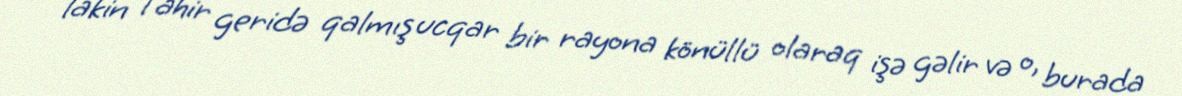
lakin Tahir geridə qalmış ucqar bir rayona könüllü olaraq işə gəlir və o, burada